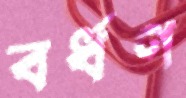
বর্ধণ